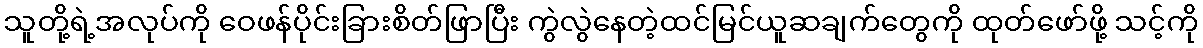
သူတို့ရဲ့အလုပ်ကို ဝေဖန်ပိုင်းခြားစိတ်ဖြာပြီး ကွဲလွဲနေတဲ့ထင်မြင်ယူဆချက်တွေကို ထုတ်ဖော်ဖို့ သင့်ကို